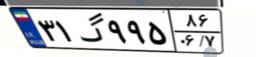
۳۱گ۹۹۵۸۶